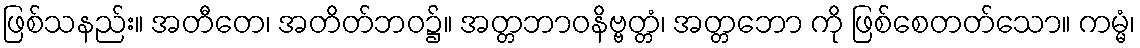
ဖြစ်သနည်း။ အတီတေ၊ အတိတ်ဘဝ၌။ အတ္တဘာဝနိဗ္ဗတ္တံ၊ အတ္တဘော ကို ဖြစ်စေတတ်သော။ ကမ္မံ၊